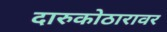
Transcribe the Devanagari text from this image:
दारुकोठारावर